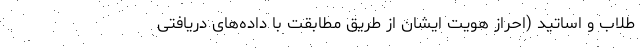
طلاب و اساتید (احراز هویت ایشان از طریق مطابقت با داده‌های دریافتی